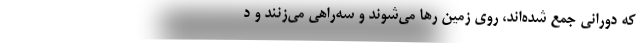
که دورانی جمع شده‌اند، روی زمین رها می‌شوند و سه‌راهی می‌زنند و د